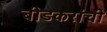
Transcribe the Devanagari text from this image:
बीडकरांची